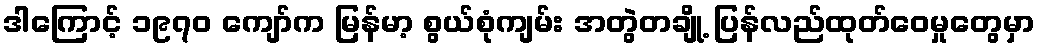
ဒါကြောင့် ၁၉၇၀ ကျော်က မြန်မာ့ စွယ်စုံကျမ်း အတွဲတချို့ ပြန်လည်ထုတ်ဝေမှုတွေမှာ